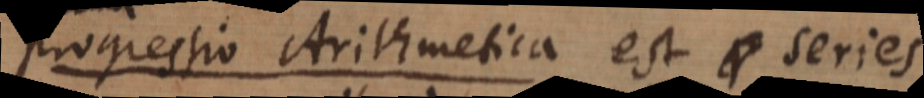
progressio Arithmetica Si sint